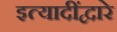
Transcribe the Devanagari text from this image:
इत्यादींद्वारे